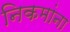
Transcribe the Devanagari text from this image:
निकमांना